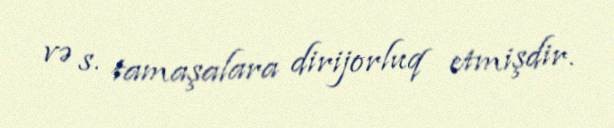
və s. tamaşalara dirijorluq etmişdir.